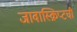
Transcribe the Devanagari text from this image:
जावास्क्रिप्टची